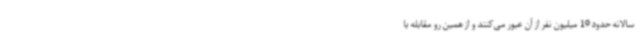
سالانه حدود 19 میلیون نفر از آن عبور می‌کنند و از همین رو مقابله با